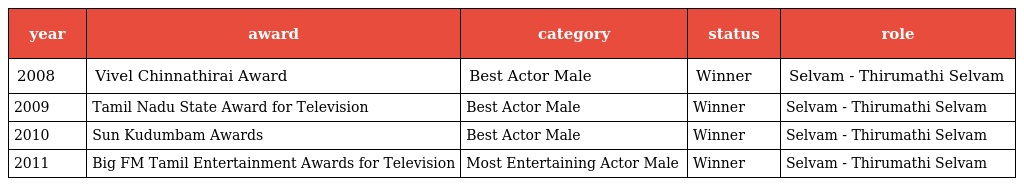
| year | award | category | status | role |
 | --- | --- | --- | --- | --- |
 | 2008 | Vivel Chinnathirai Award | Best Actor Male | Winner | Selvam - Thirumathi Selvam |
 | 2009 | Tamil Nadu State Award for Television | Best Actor Male | Winner | Selvam - Thirumathi Selvam |
 | 2010 | Sun Kudumbam Awards | Best Actor Male | Winner | Selvam - Thirumathi Selvam |
 | 2011 | Big FM Tamil Entertainment Awards for Television | Most Entertaining Actor Male | Winner | Selvam - Thirumathi Selvam |